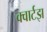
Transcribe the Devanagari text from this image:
क्वार्टझ